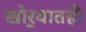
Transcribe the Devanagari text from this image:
खोर्‍यातही